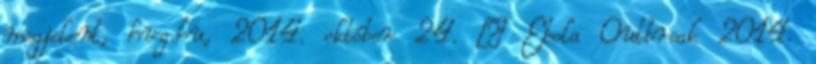
megjelent, hvg.hu, 2014. október 24. ↑ Ebola Outbreak 2014.